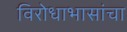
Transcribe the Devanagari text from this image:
विरोधाभासांचा